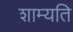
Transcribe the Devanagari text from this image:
शाम्यति